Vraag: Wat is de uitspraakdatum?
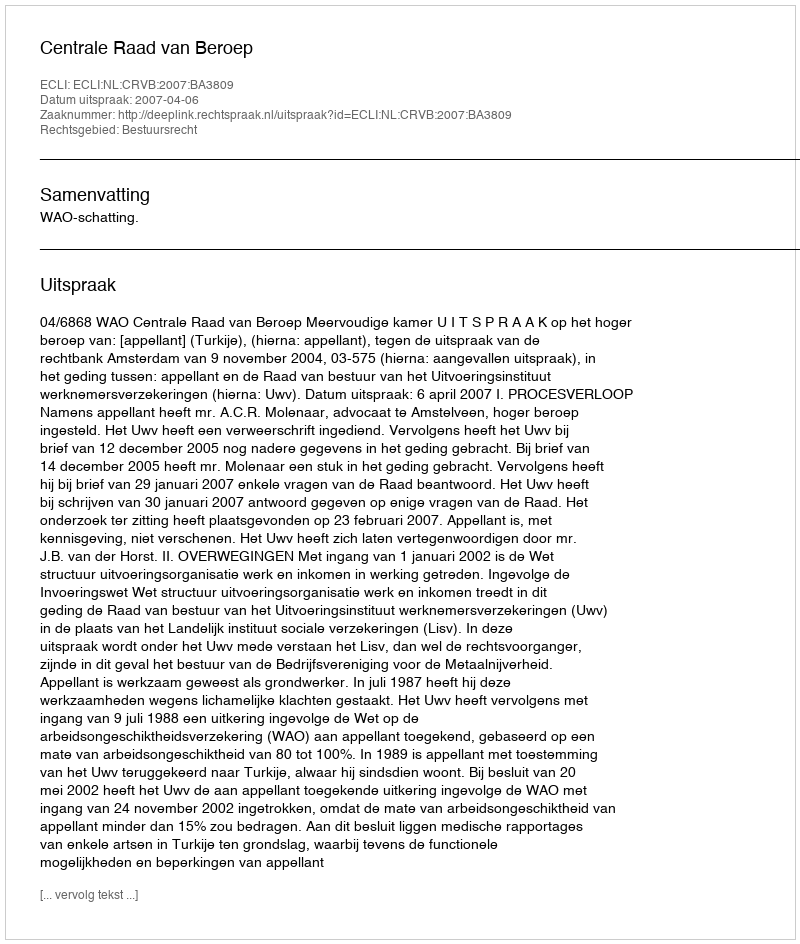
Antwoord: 2007-04-06